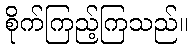
စိုက်ကြည့်ကြသည်။